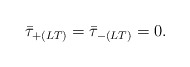
\begin{align*}\bar{\tau}_{+(LT)}=\bar{\tau}_{-(LT)} = 0.\end{align*}